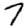
Digit: 7